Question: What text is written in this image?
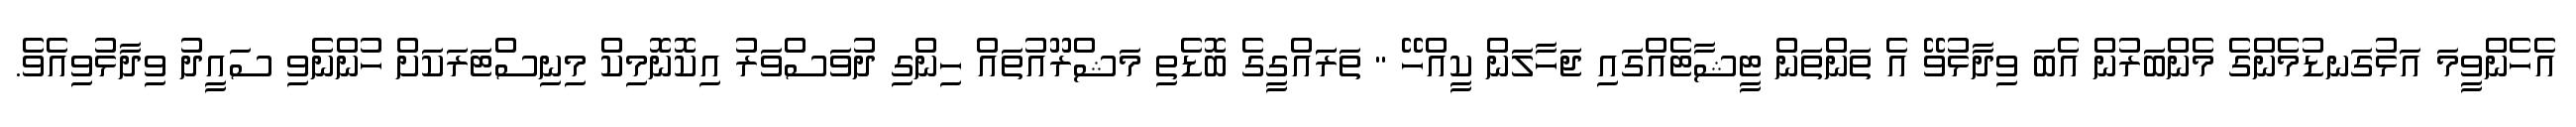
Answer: އެހެންވީމަ އަޅުގަނޑުމެންގެ މެންބަރުން އެބަ ވިދާޅުވޭ އެ ތަންތަން ޓީޝާޓެއްގައި ޖަހާލަން ކީއްހޭ " ތަރަައްގީގެ ބޮޑެތި މަޝްރޫއުތައް ހިންގި ދުވަސްވަރު އިކޮނޮމިކް މިނިސްޓަރަކަށް ހުންނެވި ސައީދު ވިދާޅުވިއެވެ.